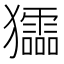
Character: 𤣍